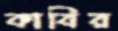
কাবির